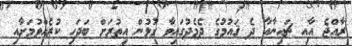
ރާއްޖެ އާއި ޗައިނާއާ ދެ ޤައުމުގެ ދެމެދުގައިވާ ގުޅުން އިތުރަށް ބަދަހި ކުރެއްވުމަށާއި